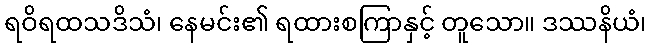
ရဝိရထသဒိသံ၊ နေမင်း၏ ရထားစကြာနှင့် တူသော။ ဒဿနိယံ၊